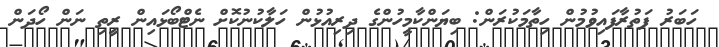
ހަބަރު ފަތުރާފައިވުމުން ހިތާމަކުރަން: ބިޔަންކާމީހުންގެ ދިރިއުޅުން ހަލާކުނުކޮށް ނެޓްބޯޅައިން ރީތި ނަން ހޯދަން